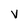
Character: v